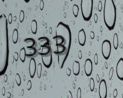
333